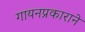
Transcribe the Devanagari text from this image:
गायनप्रकाराने